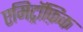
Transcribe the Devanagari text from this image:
एमिट्रॉफ़िक